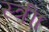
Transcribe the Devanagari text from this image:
स्त्रीा